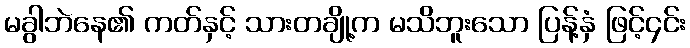
မခွါဘဲနေ၏ ကတ်နှင့် သားတချို့က မသိဘူးသော ပြန့်နှံ ဖြင့်၄င်း